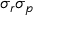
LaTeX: \sigma _ { r } \sigma _ { p }